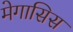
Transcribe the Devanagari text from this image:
मेगासिस